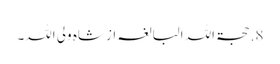
8. حجۃ اللہ البالغہ از شاہ ولی اللہ۔